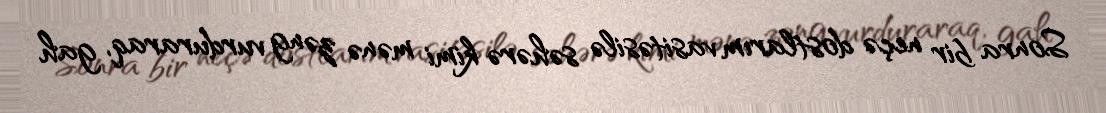
Sonra bir neçə dostlarım vasitəsilə səhərə kimi mənə zəng vurduraraq, gah